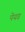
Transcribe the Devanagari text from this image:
पेयड